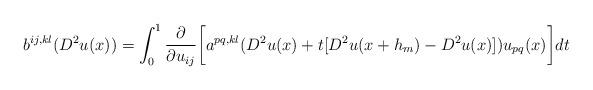
LaTeX: \begin{align*} b^{ij,kl}(D^2u(x))=\int_{0}^1\frac{\partial}{\partial{u_{ij}}} \bigg[a^{pq,kl}(D^2u(x)+t [D^2u(x+h_m)-D^2u(x)])u_{pq}(x)\bigg]dt \end{align*}